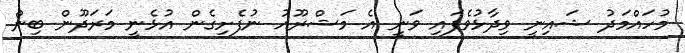
މުހައްމަދު ޝައިނީ ވިދާޅުވެފައި ވަނީ އެ މަޝްރޫއު ނުފެށިގެން އުޅެނީ މަރަދޫން ބިން